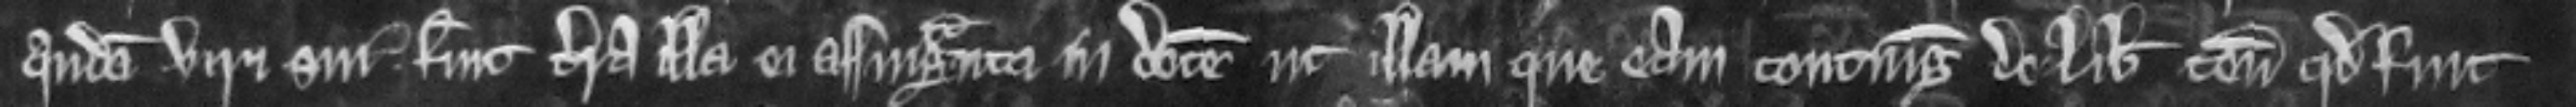
quondam viri sui fuit terra illa ei assignata in dotem ut illam que eam contingit de libero tenemento quod fuit